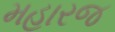
મહારજ